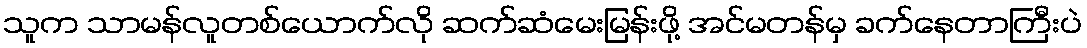
သူက သာမန်လူတစ်ယောက်လို ဆက်ဆံမေးမြန်းဖို့ အင်မတန်မှ ခက်နေတာကြီးပဲ